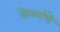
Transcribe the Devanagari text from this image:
केळांचे